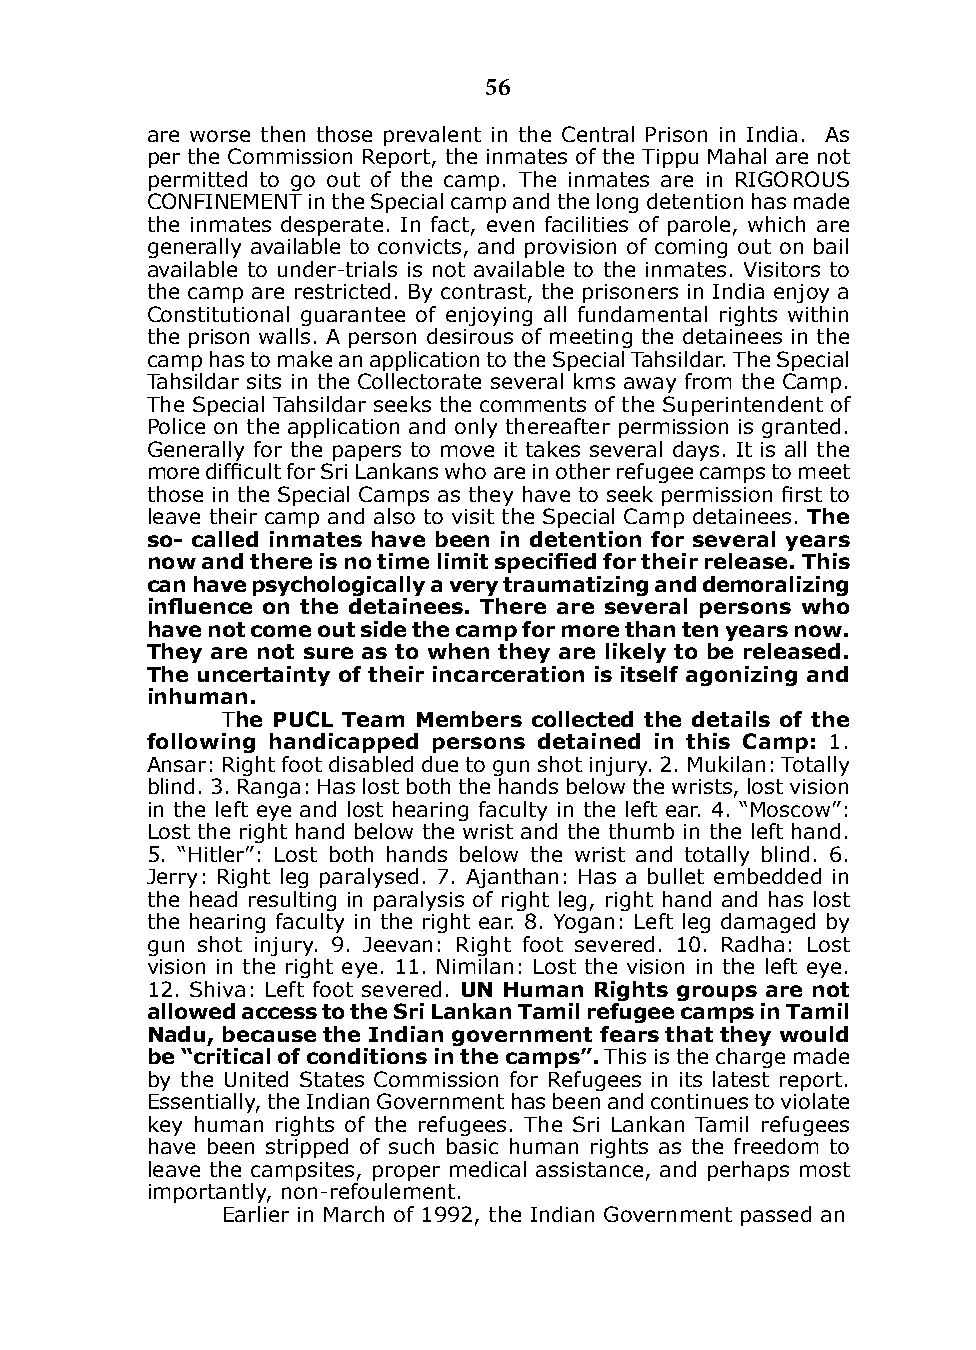
56
 are worse then those prevalent in the Central Prison in india. As
 per the Commission Report, the inmates of the Tippu Mahal are not
 permitted to go out of the camp. The inmates are in RiGOROUS
 CONFiNEMENT in the Special camp and the long detention has made
 the inmates desperate. in fact, even facilities of parole, which are
 generally available to convicts, and provision of coming out on bail
 available to under-trials is not available to the inmates. Visitors to
 the camp are restricted. By contrast, the prisoners in india enjoy a
 Constitutional guarantee of enjoying all fundamental rights within
 the prison walls. A person desirous of meeting the detainees in the
 camp has to make an application to the Special Tahsildar. The Special
 Tahsildar sits in the Collectorate several kms away from the Camp.
 The Special Tahsildar seeks the comments of the Superintendent of
 Police on the application and only thereafter permission is granted.
 Generally for the papers to move it takes several days. it is all the
 more difficult for Sri Lankans who are in other refugee camps to meet
 those in the Special Camps as they have to seek permission first to
 leave their camp and also to visit the Special Camp detainees. The
 so- called inmates have been in detention for several years
 now and there is no time limit specified for their release. This
 can have psychologically a very traumatizing and demoralizing
 influence on the detainees. There are several persons who
 have not come out side the camp for more than ten years now.
 They are not sure as to when they are likely to be released.
 The uncertainty of their incarceration is itself agonizing and
 inhuman.
 The Pucl Team members collected the details of the
 following handicapped persons detained in this camp: 1.
 Ansar: Right foot disabled due to gun shot injury. 2. Mukilan: Totally
 blind. 3. Ranga: Has lost both the hands below the wrists, lost vision
 in the left eye and lost hearing faculty in the left ear. 4. “Moscow”:
 Lost the right hand below the wrist and the thumb in the left hand.
 5. “Hitler”: Lost both hands below the wrist and totally blind. 6.
 Jerry: Right leg paralysed. 7. Ajanthan: Has a bullet embedded in
 the head resulting in paralysis of right leg, right hand and has lost
 the hearing faculty in the right ear. 8. Yogan: Left leg damaged by
 gun shot injury. 9. Jeevan: Right foot severed. 10. Radha: Lost
 vision in the right eye. 11. Nimilan: Lost the vision in the left eye.
 12. Shiva: Left foot severed. un Human Rights groups are not
 allowed access to the sri lankan Tamil refugee camps in Tamil
 nadu, because the Indian government fears that they would
 be “critical of conditions in the camps”. This is the charge made
 by the United States Commission for Refugees in its latest report.
 Essentially, the indian Government has been and continues to violate
 key human rights of the refugees. The Sri Lankan Tamil refugees
 have been stripped of such basic human rights as the freedom to
 leave the campsites, proper medical assistance, and perhaps most
 importantly, non-refoulement.
 Earlier in March of 1992, the indian Government passed an